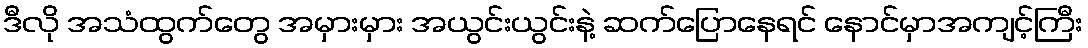
ဒီလို အသံထွက်တွေ အမှားမှား အယွင်းယွင်းနဲ့ ဆက်ပြောနေရင် နောင်မှာအကျင့်ကြီး